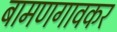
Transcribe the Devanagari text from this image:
बामणगावकर